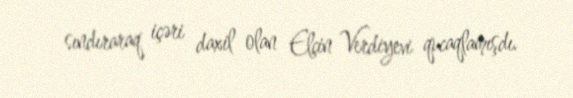
sındıraraq içəri daxil olan Elçin Verdiyevi qucaqlamışdı.